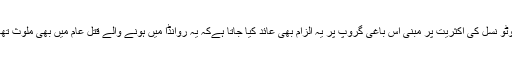
ہوٹو نسل کی اکثریت پر مبنی اس باغی گروپ پر یہ الزام بھی عائد کیا جاتا ہےکہ یہ روانڈا میں ہونے والے قتل عام میں بھی ملوث تھا۔